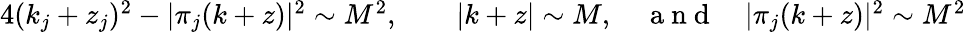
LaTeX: \begin{array}{r}{4(k_{j}+z_{j})^{2}-|\pi_{j}(k+z)|^{2}\sim M^{2},\quad\quad|k+z|\sim M,\quad\mathrm{~a~n~d~}\quad|\pi_{j}(k+z)|^{2}\sim M^{2}}\end{array}